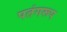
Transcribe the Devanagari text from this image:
पतंगरूप